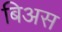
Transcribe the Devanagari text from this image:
बिअस